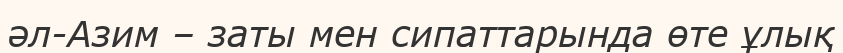
әл-Азим – заты мен сипаттарында өте ұлық